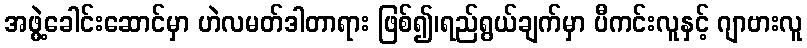
အဖွဲ့ခေါင်းဆောင်မှာ ဟဲလမတ်ဒါတာရား ဖြစ်၍၊ရည်ရွယ်ချက်မှာ ပီကင်းလူနှင့် ဂျာဗားလူ